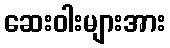
ဆေးဝါးများအား